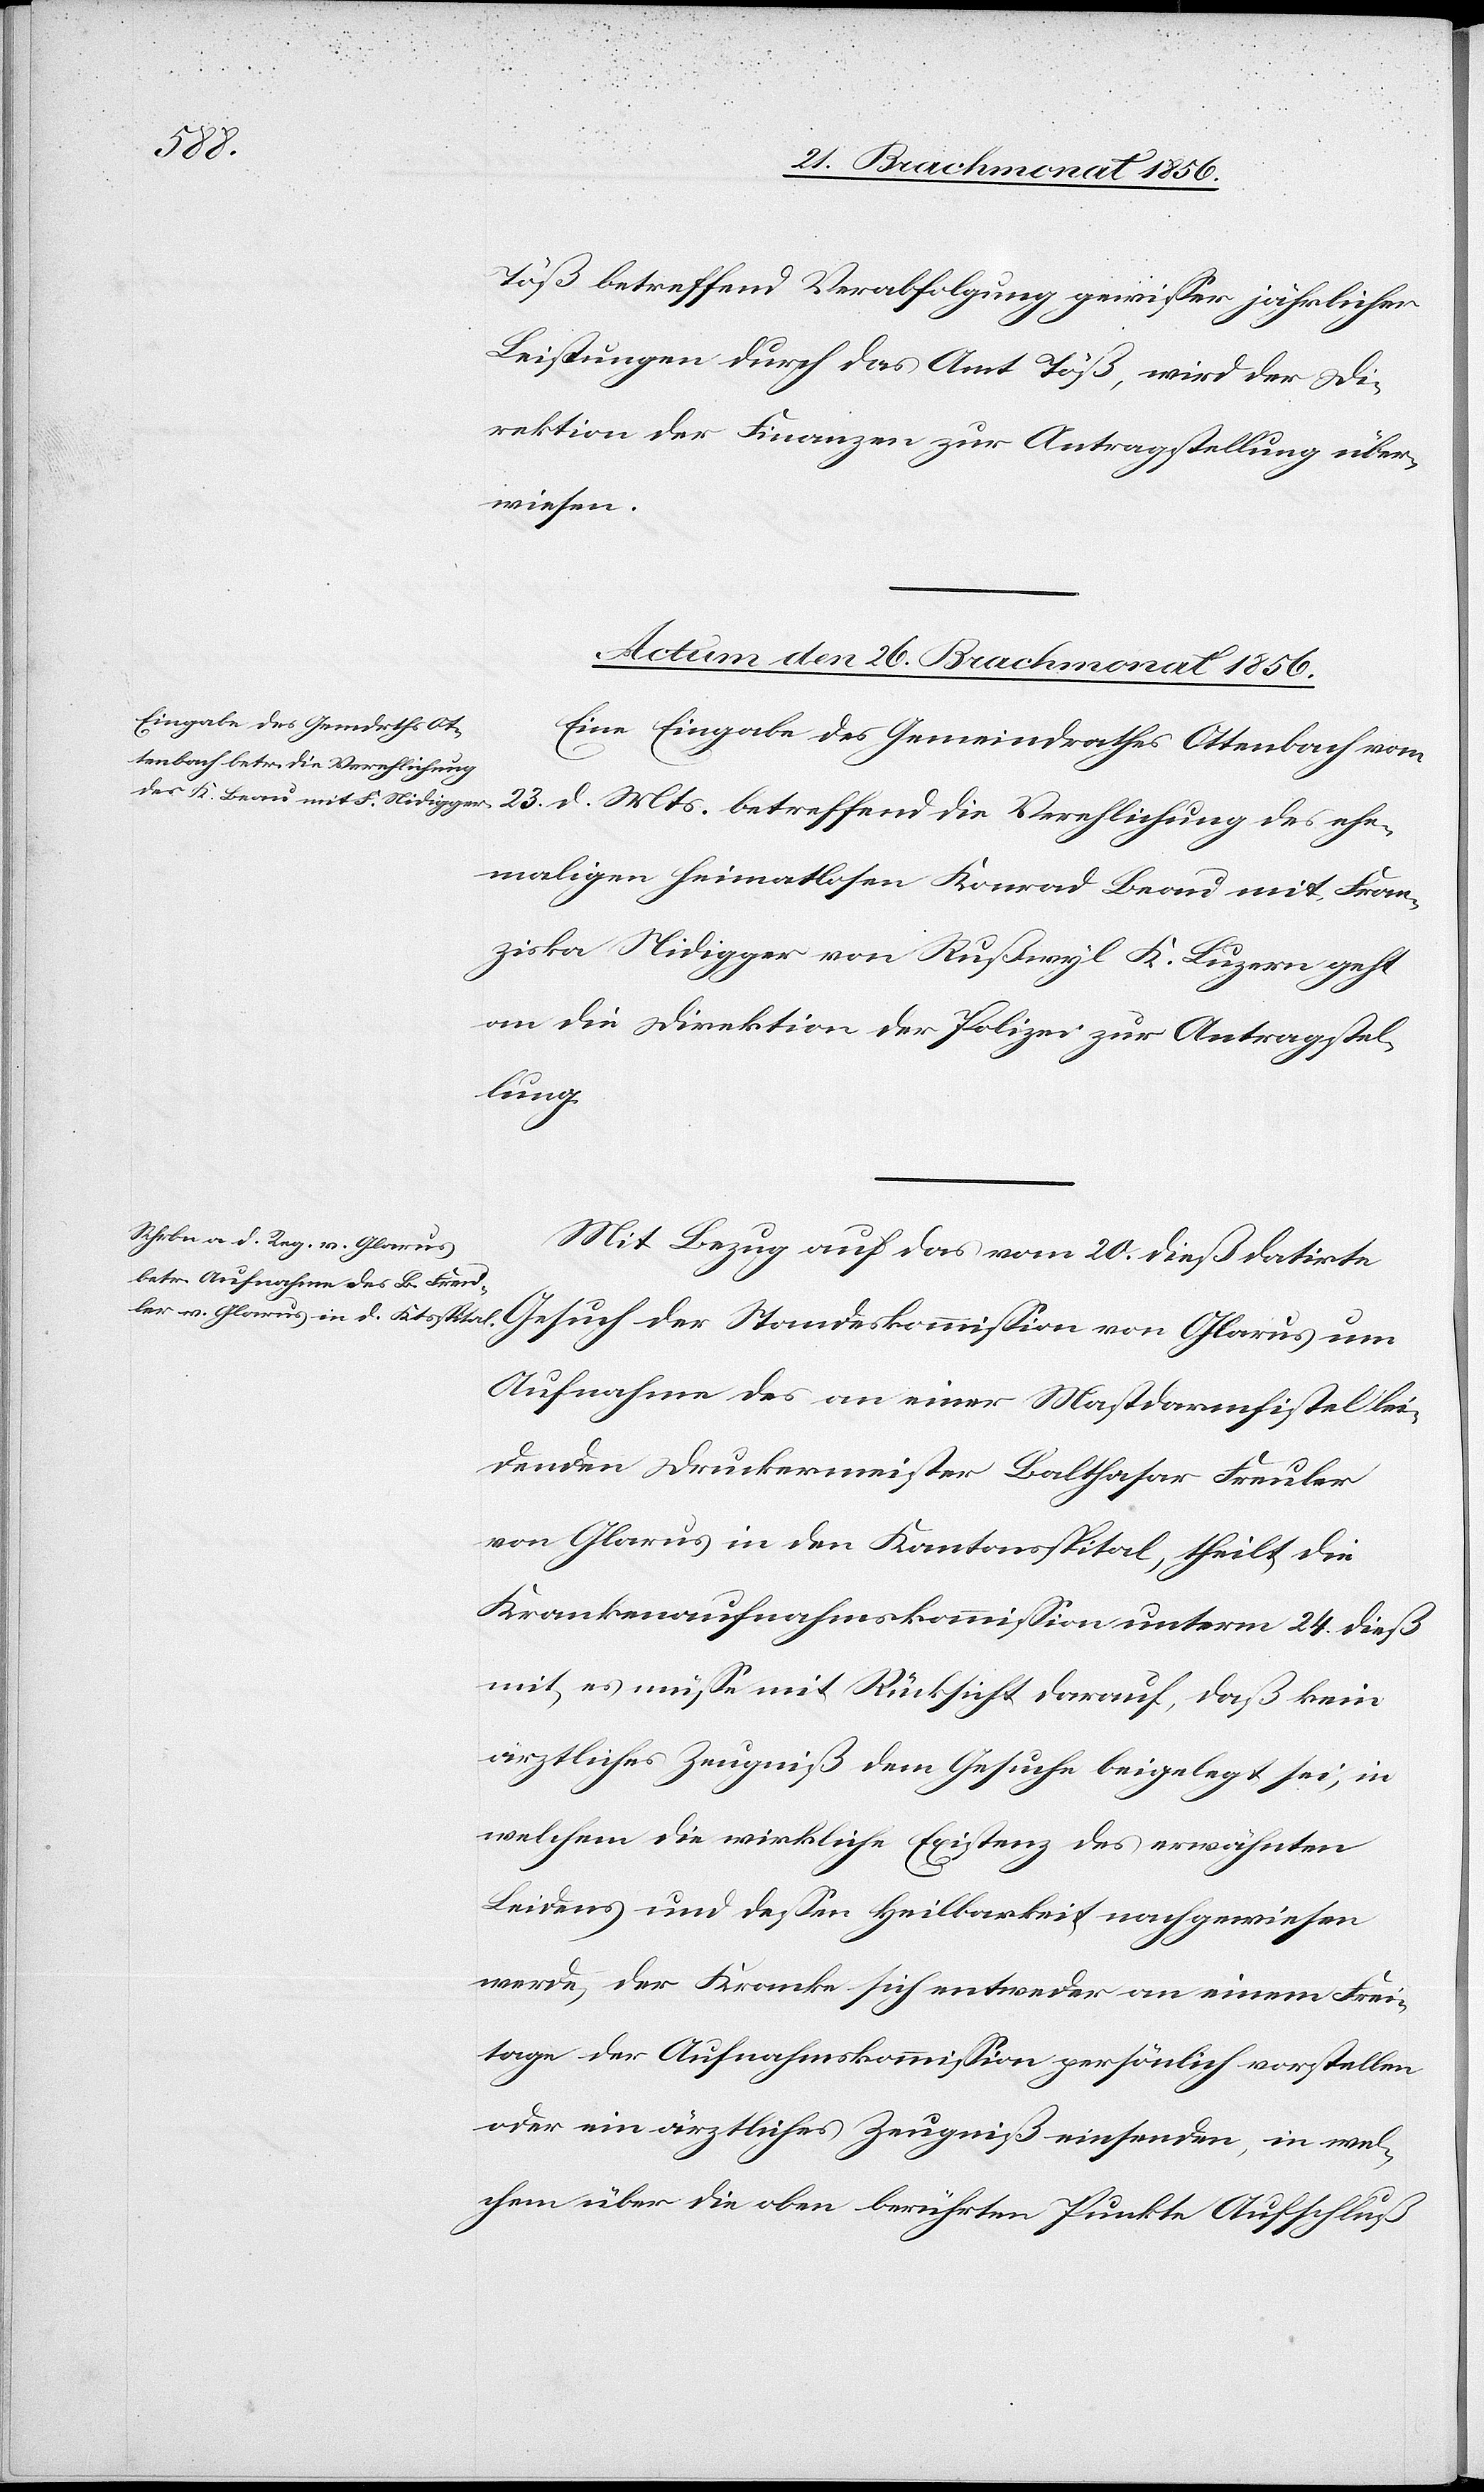
Glarus
lic¬
Töß betreffend Verabfolgung gewisser jährlicher
Leistungen durch das Amt Töß, wird der Di¬
rektion der Finanzen zur Antragstellung über¬
wiesen.
Actum den 26. Brachmonat 1856.]
Eine Eingabe des Gemeindrathes Ottenbach vom
maligen heimatlosen Konrad Brau mit Fran¬
ziska Nidigger von Rußwyl K. Luzern geht
an die Direktion der Polizei zur Antragstel¬
lung.
Mit Bezug auf das vom 20. dieß datirte
Aufnahme des an einer Mastdarmfistel lei¬
denden Druckermeister Balthasar Freuler
von Glarus in den Kantonsspital, theilt die
Krankenaufnahmskommission unterm 24. dieß
mit, es müsse mit Rücksicht darauf, daß kein
ärztliches Zeugniß dem Gesuche beigelegt sei, in
welchem die wirkliche Existenz des erwähnten
Leidens und dessen Heilbarkeit nachgewiesen
werde, der Kranke sich entweder an einem Frei¬
tage der Aufnahmskommission persönlich vorstellen
oder ein ärztliches Zeugniß einsenden, in wel¬
chem über die oben berührten Punkte Aufschluß